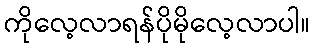
ကိုလေ့လာရန်ပိုမိုလေ့လာပါ။